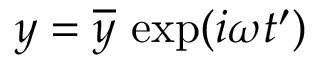
y = \overline { { y } } \, \exp ( i \omega t ^ { \prime } )